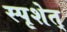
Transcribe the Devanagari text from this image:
स्पृशेत्